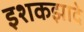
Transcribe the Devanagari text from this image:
इशकझादे